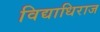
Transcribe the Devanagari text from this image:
विद्याधिराज